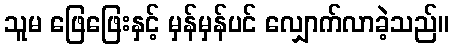
သူမ ဖြေဖြေးနှင့် မှန်မှန်ပင် လျှောက်လာခဲ့သည်။